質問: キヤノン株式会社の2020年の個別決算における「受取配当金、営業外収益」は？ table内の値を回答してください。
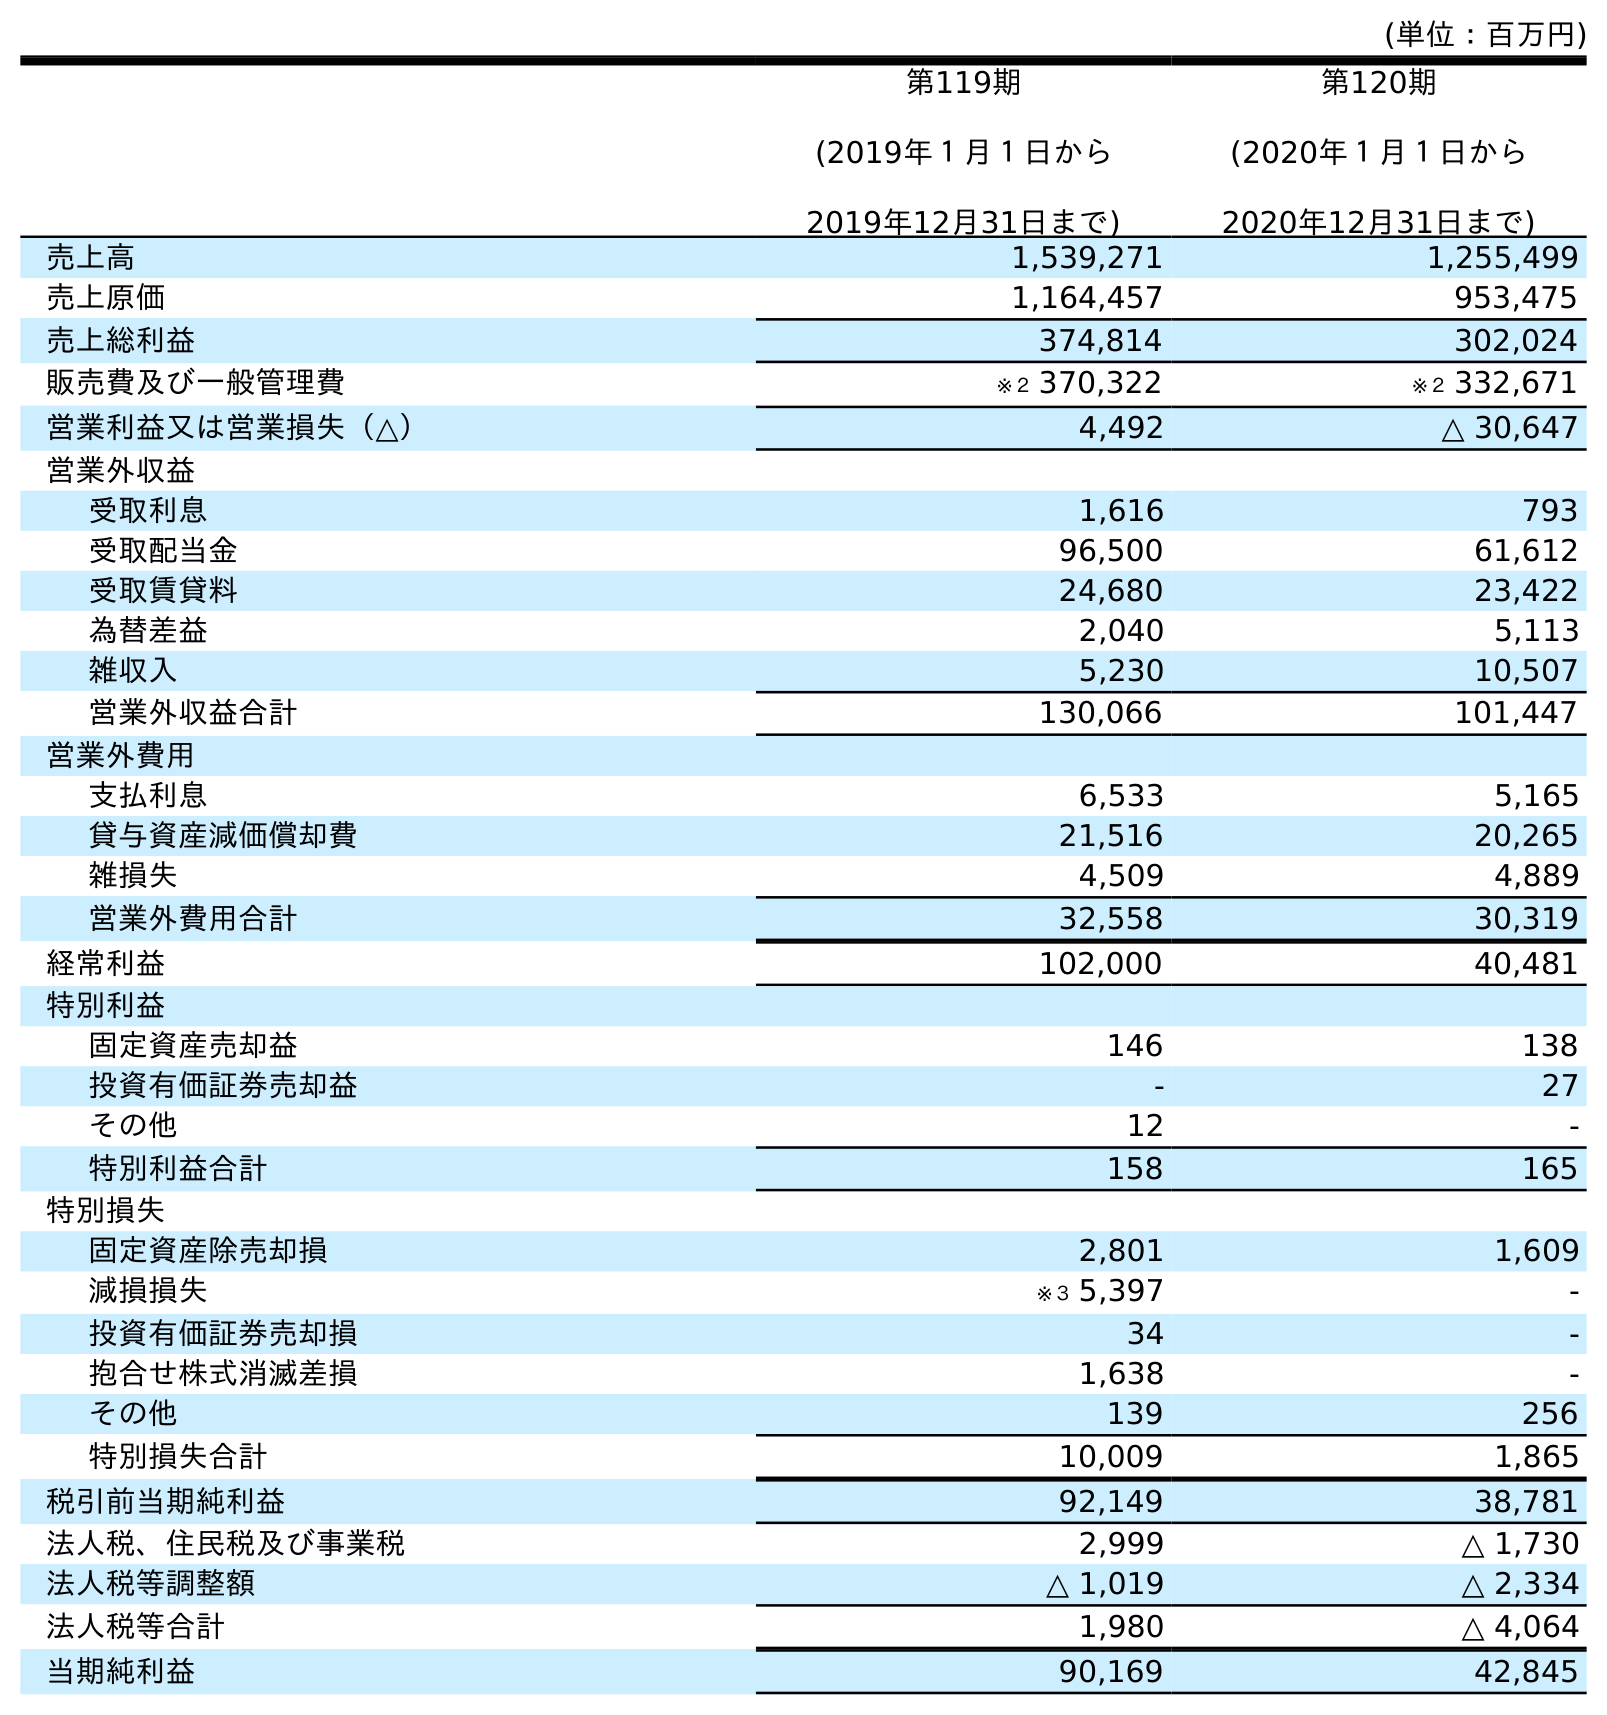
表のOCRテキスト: (単位：百万円) 第119期 (2019年１月１日から 2019年12月31日まで) 第120期 (2020年１月１日から 2020年12月31日まで) 売上高 1,539,271 1,255,499 売上原価 1,164,457 953,475 売上総利益 374,814 302,024 販売費及び一般管理費 ※２ 370,322 ※２ 332,671 営業利益又は営業損失（△） 4,492 △ 30,647 営業外収益 受取利息 1,616 793 受取配当金 96,500 61,612 受取賃貸料 24,680 23,422 為替差益 2,040 5,113 雑収入 5,230 10,507 営業外収益合計 130,066 101,447 営業外費用 支払利息 6,533 5,165 貸与資産減価償却費 21,516 20,265 雑損失 4,509 4,889 営業外費用合計 32,558 30,319 経常利益 102,000 40,481 特別利益 固定資産売却益 146 138 投資有価証券売却益 - 27 その他 12 - 特別利益合計 158 165 特別損失 固定資産除売却損 2,801 1,609 減損損失 ※３ 5,397 - 投資有価証券売却損 34 - 抱合せ株式消滅差損 1,638 - その他 139 256 特別損失合計 10,009 1,865 税引前当期純利益 92,149 38,781 法人税、住民税及び事業税 2,999 △ 1,730 法人税等調整額 △ 1,019 △ 2,334 法人税等合計 1,980 △ 4,064 当期純利益 90,169 42,845
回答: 61,612